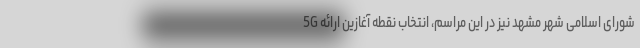
شورای اسلامی شهر مشهد نیز در این مراسم، انتخاب نقطه آغازین ارائه 5G